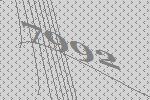
7992